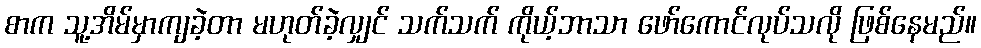
စာက သူ့အိမ်မှာကျခဲ့တာ မဟုတ်ခဲ့လျှင် သက်သက် ကိုယ့်ဘာသာ ဖော်ကောင်လုပ်သလို ဖြစ်နေမည်။